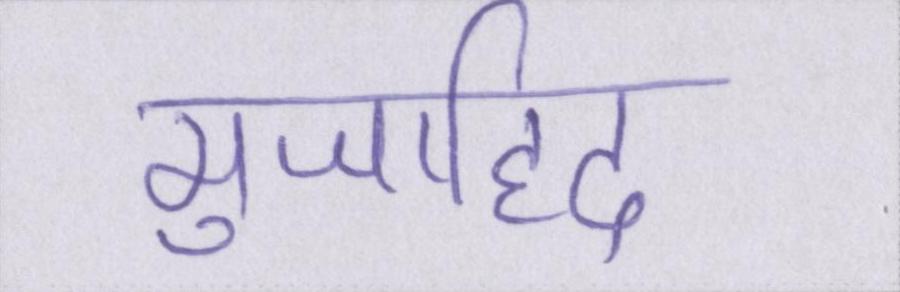
मुजाहिद